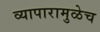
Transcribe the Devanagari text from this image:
व्यापारामुळेच